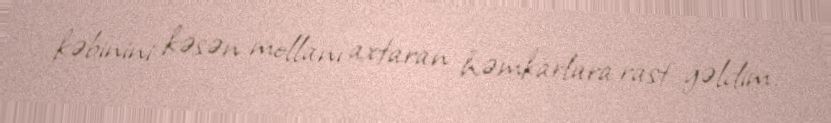
kəbinini kəsən mollanı axtaran həmkarlara rast gəldim.